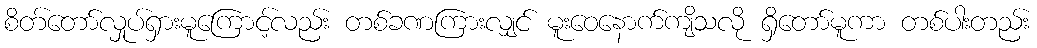
စိတ်တော်လှုပ်ရှားမူကြောင့်လည်း တစ်ခဏကြားလျှင် မူးဝေနောက်ကျိသလို ရှိတော်မူကာ တစ်ပါးတည်း